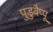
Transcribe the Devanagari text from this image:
पुडुवैप्पू